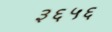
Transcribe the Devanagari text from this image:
३६५६